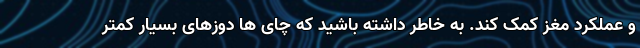
و عملکرد مغز کمک کند. به خاطر داشته باشید که چای ها دوزهای بسیار کمتر